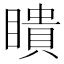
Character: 瞶